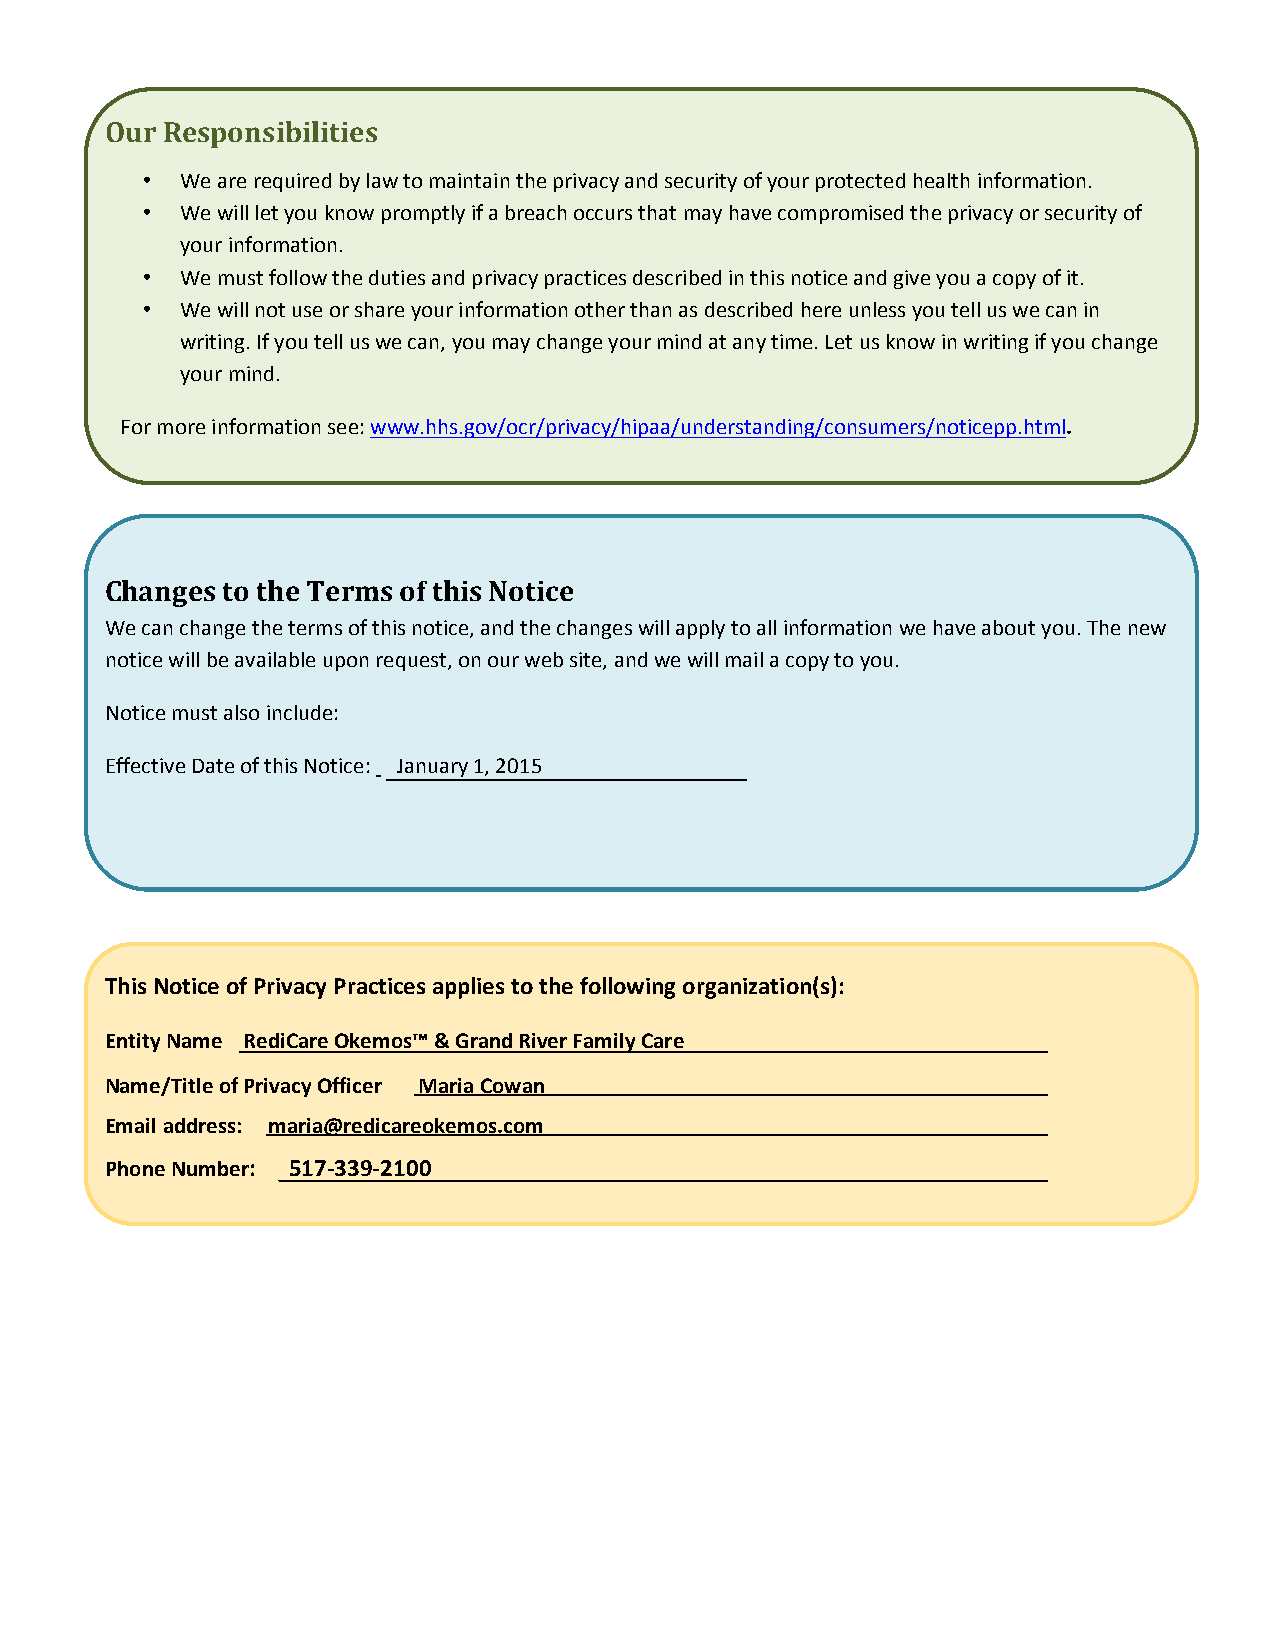
Our Responsibilities
 •  We are required by law to maintain the privacy and security of your protected health information.
 •  We will let you know promptly if a breach occurs that may have compromised the privacy or security of
 your information.
 •  We must follow the duties and privacy practices described in this notice and give you a copy of it.
 •  We will not use or share your information other than as described here unless you tell us we can in
 writing. If you tell us we can, you may change your mind at any time. Let us know in writing if you change
 your mind.
 For more information see: www.hhs.gov/ocr/privacy/hipaa/understanding/consumers/noticepp.html.
 Changes to the Terms of this Notice
 We can change the terms of this notice, and the changes will apply to all information we have about you. The new
 notice will be available upon request, on our web site, and we will mail a copy to you.
 Notice must also include:
 Effective Date of this Notice: January 1, 2015
 This Notice of Privacy Practices applies to the following organization(s):
 Entity Name RediCare Okemos™ & Grand River Family Care
 Name/Title of Privacy Officer Maria Cowan
 Email address: maria@redicareokemos.com
 Phone Number: 517-339-2100